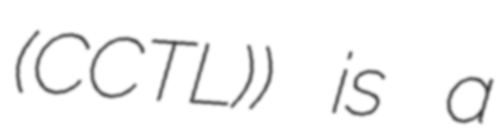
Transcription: (CCTL)) is a